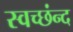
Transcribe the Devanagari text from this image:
स्वच्छंन्द